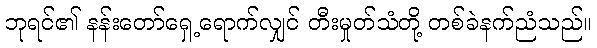
ဘုရင်၏ နန်းတော်ရှေ့ရောက်လျှင် တီးမှုတ်သံတို့ တစ်ခဲနက်ညံသည်။